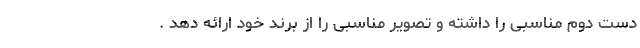
دست دوم مناسبی را داشته و تصویر مناسبی را از برند خود ارائه دهد .